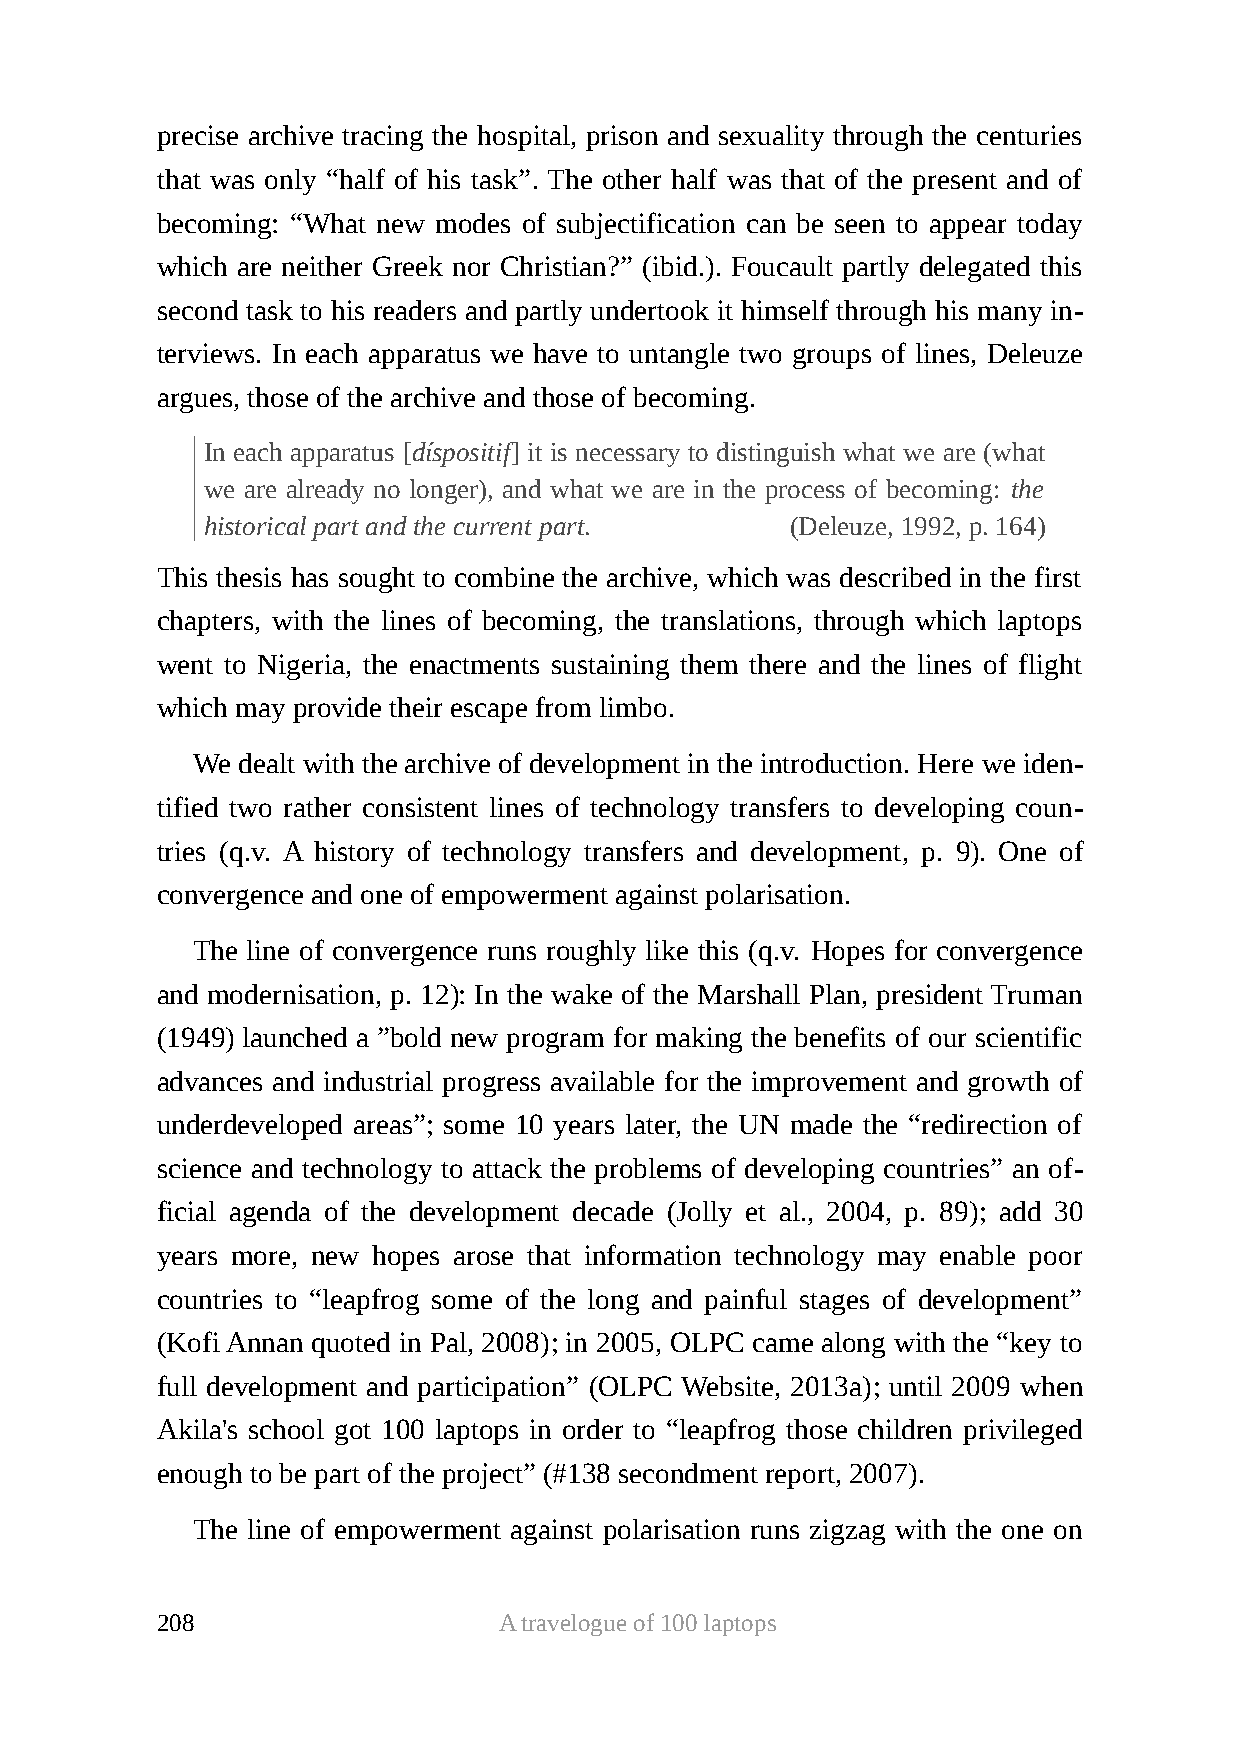
precise archive tracing the hospital, prison and sexuality through the centuries
 that was only “half of his task”. The other half was that of the present and of
 becoming: “What new modes of subjectification can be seen to appear today
 which are neither Greek nor Christian?” (ibid.). Foucault partly delegated this
 second task to his readers and partly undertook it himself through his many in-
 terviews. In each apparatus we have to untangle two groups of lines, Deleuze
 argues, those of the archive and those of becoming.
 In each apparatus [díspositif] it is necessary to distinguish what we are (what
 we are already no longer), and what we are in the process of becoming: the
 historical part and the current part. (Deleuze, 1992, p. 164)
 This thesis has sought to combine the archive, which was described in the first
 chapters, with the lines of becoming, the translations, through which laptops
 went to Nigeria, the enactments sustaining them there and the lines of flight
 which may provide their escape from limbo.
 We dealt with the archive of development in the introduction. Here we iden-
 tified two rather consistent lines of technology transfers to developing coun-
 tries (q.v. A history of technology transfers and development, p. 9). One of
 convergence and one of empowerment against polarisation.
 The line of convergence runs roughly like this (q.v. Hopes for convergence
 and modernisation, p. 12): In the wake of the Marshall Plan, president Truman
 (1949) launched a ”bold new program for making the benefits of our scientific
 advances and industrial progress available for the improvement and growth of
 underdeveloped areas”; some 10 years later, the UN made the “redirection of
 science and technology to attack the problems of developing countries” an of-
 ficial agenda of the development decade (Jolly et al., 2004, p. 89); add 30
 years more, new hopes arose that information technology may enable poor
 countries to “leapfrog some of the long and painful stages of development”
 (Kofi Annan quoted in Pal, 2008); in 2005, OLPC came along with the “key to
 full development and participation” (OLPC Website, 2013a); until 2009 when
 Akila's school got 100 laptops in order to “leapfrog those children privileged
 enough to be part of the project” (#138 secondment report, 2007).
 The line of empowerment against polarisation runs zigzag with the one on
 208                    A travelogue of 100 laptops